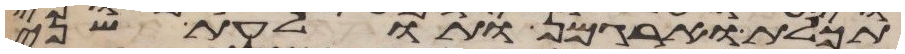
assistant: תכלת וארגמן ותולעת שני